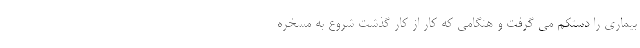
بیماری را دستکم می گرفت و هنگامی که کار از کار گذشت شروع به مسخره